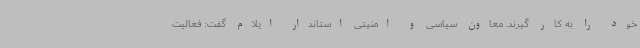
خود را به کار گیرند. معاون سیاسی و امنیتی استاندار ایلام گفت: فعالیت